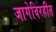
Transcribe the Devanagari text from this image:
जागेविरहीत